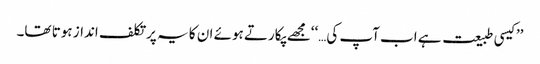
’’کیسی طبیعت ہے اب آپ کی…‘‘مجھے پکارتے ہوئے ان کا یہ پرتکلف انداز ہوتا تھا۔